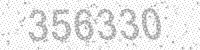
Solution: 356330